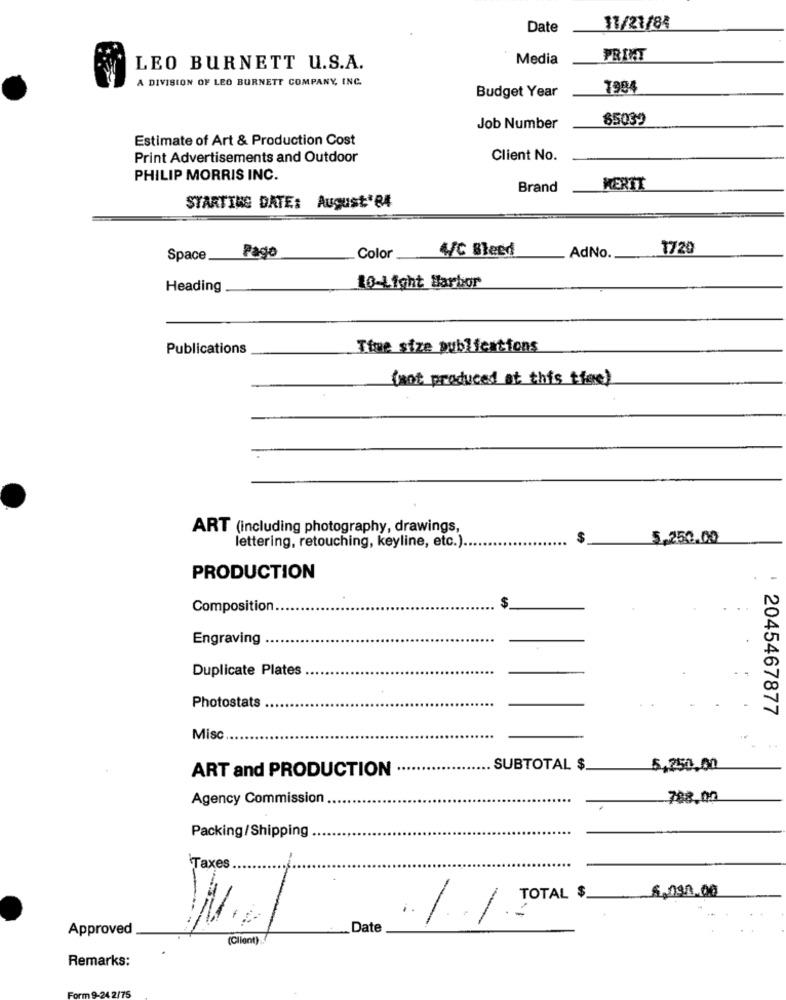
Date
11/21/84
Media
PRINT
LEO BURNETT U.S.A.
A DIVISION OF LEO BURNETT COMPANY, INC.
Budget Year
7984
85039
Job Number
Estimate of Art & Production Cost
Print Advertisements and Outdoor
Client No.
PHILIP MORRIS INC.
Brand
MERTT
STARTING DATE: August*B4
4/C Bleed
AdNo.
1720
Space
Pago
Color
Heading
16-Light Barbor
Publications
Time size publications
(not produced at this thee)
ART (including photography, drawings,
lettering, retouching, keyline, etc.).
$
5,250.00
PRODUCTION
Composition.
...
$
Engraving
Duplicate Plates
Photostats
: 2045467877
Misc
ART and PRODUCTION
SUBTOTAL $
5,250,00
Agency Commission
788.00
Packing/Shipping ..
Taxes
$,090.00
Approved
Date
. 1/ IOTA
(Client)
Remarks:
24 2/75